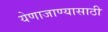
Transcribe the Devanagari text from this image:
येणाजाण्यासाठी